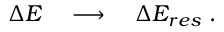
\begin{array} { r } { \Delta E \quad \longrightarrow \quad \Delta E _ { r e s } \; . } \end{array}